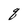
Character: q